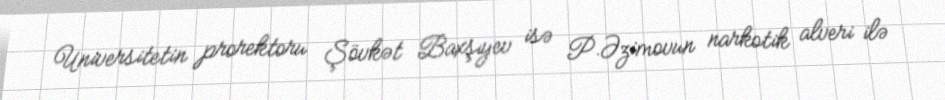
Universitetin prorektoru Şövkət Baxşıyev isə P.Əzimovun narkotik alveri ilə